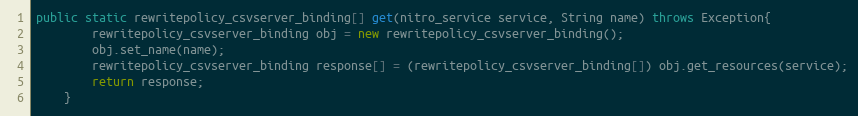
Language: Java
public static rewritepolicy_csvserver_binding[] get(nitro_service service, String name) throws Exception{
		rewritepolicy_csvserver_binding obj = new rewritepolicy_csvserver_binding();
		obj.set_name(name);
		rewritepolicy_csvserver_binding response[] = (rewritepolicy_csvserver_binding[]) obj.get_resources(service);
		return response;
	}